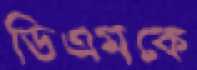
ডিএমকে